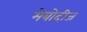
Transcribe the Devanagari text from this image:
मेबोदीज